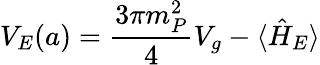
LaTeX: V_{E}(a)=\frac{3\pi m_{P}^{2}}{4}V_{g}-\langle\hat{H}_{E}\rangle